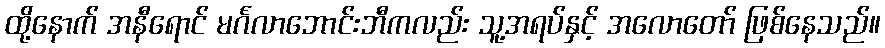
ထို့နောက် အနီရောင် မင်္ဂလာဘောင်းဘီကလည်း သူ့အရပ်နှင့် အလောတော် ဖြစ်နေသည်။